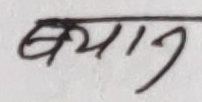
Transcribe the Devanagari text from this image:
बयान